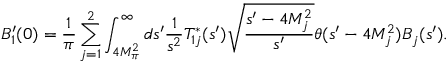
B _ { 1 } ^ { \prime } ( 0 ) = \frac { 1 } { \pi } \sum _ { j = 1 } ^ { 2 } \int _ { 4 M _ { \pi } ^ { 2 } } ^ { \infty } d s ^ { \prime } \frac { 1 } { s ^ { 2 } } T _ { 1 j } ^ { * } ( s ^ { \prime } ) \sqrt \frac { s ^ { \prime } - 4 M _ { j } ^ { 2 } } { s ^ { \prime } } \theta ( s ^ { \prime } - 4 M _ { j } ^ { 2 } ) B _ { j } ( s ^ { \prime } ) .